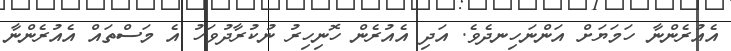
އެއުރެންނާ ހަމަޔަށް އަންނަހިނދެވެ. އަދި އެއުރެން ހޮނިހިރު ނުކުރާދުވަހު އެ މަސްތައް އެއުރެންނާ